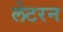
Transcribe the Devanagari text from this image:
लेटरन